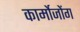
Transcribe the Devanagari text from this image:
कार्मोजोंग